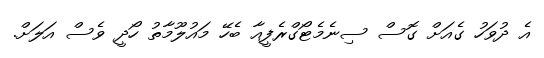
އެ ދުވަހު ގެއަށް ގޮސް ސިނެމެޓޯގްރެފީއާ ބެހޭ މައުލޫމާތު ހޯދީ ވެސް އަލަށް.